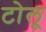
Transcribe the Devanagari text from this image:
टोलू